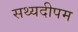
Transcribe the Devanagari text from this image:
सथ्यदीपम